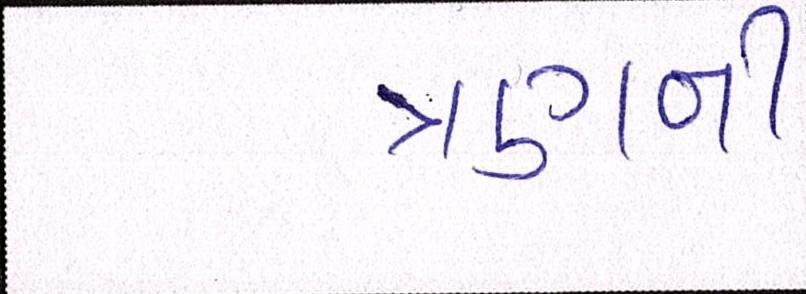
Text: ત્રણની